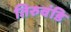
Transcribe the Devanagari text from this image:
तिरुवंडि